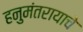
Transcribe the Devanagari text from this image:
हनुमंतरायाचे